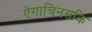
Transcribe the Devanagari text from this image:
ऐगाचिनसकि